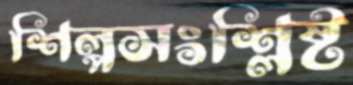
শিল্পসংশ্লিষ্ট